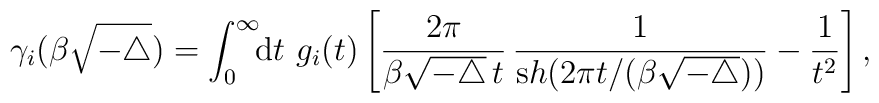
\gamma_{i} ( \beta \sqrt{-\triangle}) =     \int_0^\infty\!\! {\mathrm d}t \,\, g_{i} (t)	\left[ 	\frac{2\pi}{ \beta  {\sqrt{ -\triangle}}\,  t}\, \frac{1}{{\mathrm sh}	(2\pi t/(\beta{\sqrt{ -\triangle}}))} 	- \frac{1}{t^2}   \right],